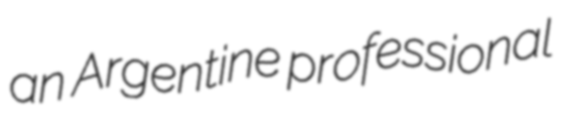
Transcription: an Argentine professional